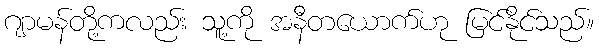
ဂျာမန်တို့ကလည်း သူ့ကို အနီတယောက်ဟု မြင်နိုင်သည်။